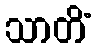
သာတိံ